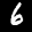
Label: 6